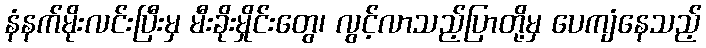
နံနက်မိုးလင်းပြီးမှ မီးခိုးမှိုင်းတွေ၊ လွင့်လာသည့်ပြာတို့မှ ပေကျံနေသည့်